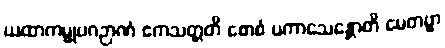
ယထာကမ္မုပဂဉာဏံ ဧကသတ္တတိ စောစံ ပကာသေန္တောတိ မေတဗ္ဗာ